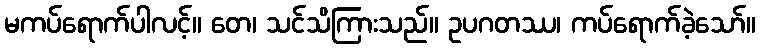
မကပ်ရောက်ပါလင့်။ တေ၊ သင်သိကြားသည်။ ဥပဂတဿ၊ ကပ်ရောက်ခဲ့သော်။